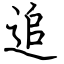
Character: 追